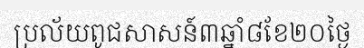
ប្រល័យពូជសាសន៍៣ឆ្នាំ៨ខែ២០ថ្ងៃ